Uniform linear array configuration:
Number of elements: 8
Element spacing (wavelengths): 1
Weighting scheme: uniform
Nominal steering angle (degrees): -60
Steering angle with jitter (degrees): -58.092
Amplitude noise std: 0.05
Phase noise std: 0.05

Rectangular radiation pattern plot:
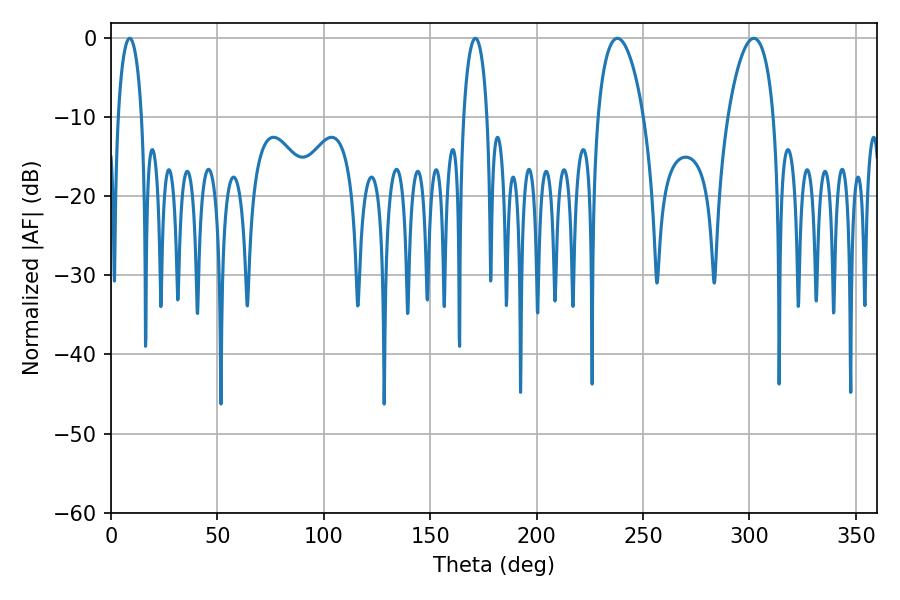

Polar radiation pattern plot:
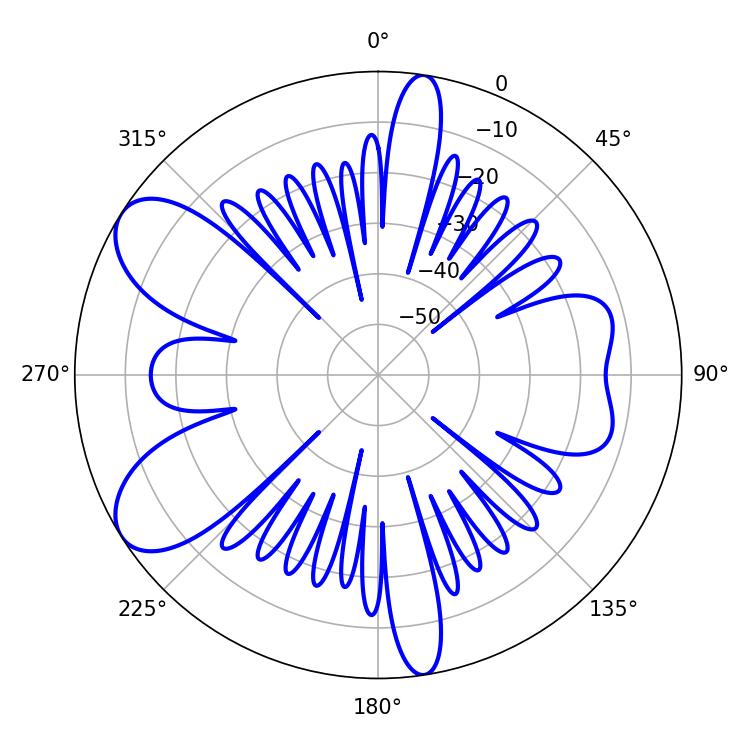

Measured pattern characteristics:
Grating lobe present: TRUE
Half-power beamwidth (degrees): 12.06
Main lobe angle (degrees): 237.96